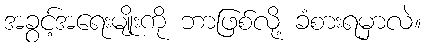
အခွင့်အရေးမျိုးကို ဘာဖြစ်လို့ ခံစားရမှာလဲ။